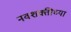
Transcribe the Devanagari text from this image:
नवशक्तीच्या